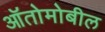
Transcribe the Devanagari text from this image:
ऑतोमोबील